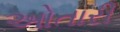
ઓતારી